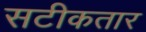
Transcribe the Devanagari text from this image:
सटीकतार